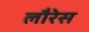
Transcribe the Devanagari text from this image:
लौरेस